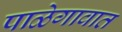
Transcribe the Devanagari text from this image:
पाळेगावात